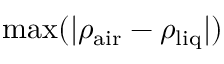
\mathrm { m a x } ( | \rho _ { \mathrm { a i r } } - \rho _ { \mathrm { l i q } } | )